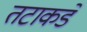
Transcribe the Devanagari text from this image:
तटाकडे